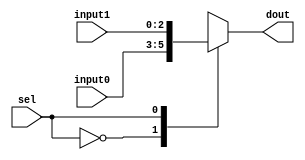
`timescale 1ns / 1ps
//////////////////////////////////////////////////////////////////////////////////
// Company: Faculty of Electronics, Telecommunications and Information Technology of Iasi
// 
// Design Name: 
// Module Name: MUXAW
// Project Name: 
// Target Devices: 
// Tool Versions: 
// Description: 
//
// Dependencies: 
// Additional Comments:
// 
//////////////////////////////////////////////////////////////////////////////////


module MUXAW (
	input [2:0] input0,
	input [2:0] input1,
	input sel,
	output reg [2:0] dout
	);
	
	always @ (sel or input0 or input1) begin
		case(sel)
			1'b0: dout <= input0;
			1'b1: dout <= input1;
		endcase
	end
endmodule